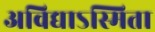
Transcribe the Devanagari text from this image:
अविद्याऽस्मिता